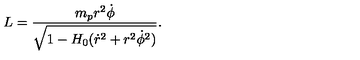
L = \frac { m _ { p } r ^ { 2 } \dot { \phi } } { \sqrt { 1 - H _ { 0 } ( \dot { r } ^ { 2 } + r ^ { 2 } \dot { \phi } ^ { 2 } ) } } .